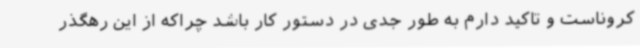
کروناست و تاکید دارم به طور جدی در دستور کار باشد چراکه از این رهگذر